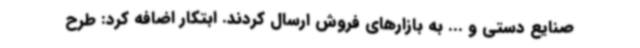
صنایع دستی و ... به بازارهای فروش ارسال کردند. ابتکار اضافه کرد: طرح